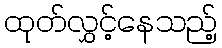
ထုတ်လွှင့်နေသည့်